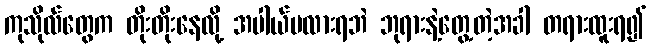
ကုသိုလ်တွေက တိုးတိုးနေလို့ အပါယ်မလားရဘဲ ဘုရားနဲ့တွေ့တဲ့အခါ တရားထူးရ၍